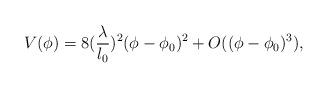
LaTeX: \begin{align*}V(\phi)= 8(\frac{\lambda}{l_{0}})^{2} (\phi-\phi_{0})^{2}+O((\phi-\phi_{0})^{3}),\end{align*}